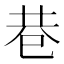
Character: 巷